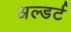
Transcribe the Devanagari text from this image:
अल्डर्ट